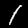
Digit: 1